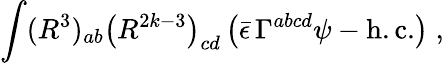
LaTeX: \int(R^{3})_{ab}\left(R^{2k-3}\right)_{cd}\left(\bar{\epsilon}\, \Gamma^{abcd}\psi-\mathrm{h.c.}\right)\; ,